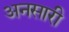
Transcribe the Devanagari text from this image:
अनसारी